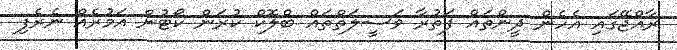
ރާއްޖޭގައި އެހެން ދީންތައް ފަތުރާ ވަސީލަތްތައް ބްލޮކް ކުރަން ކޯޓުން އަމުރެއް ނެރެފި